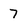
Character: 7